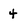
Character: 4